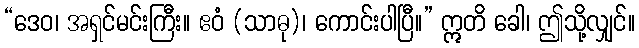
“ဒေဝ၊ အရှင်မင်းကြီး။ ဧဝံ (သာဓု)၊ ကောင်းပါပြီ။” ဣတိ ခေါ၊ ဤသို့လျှင်။